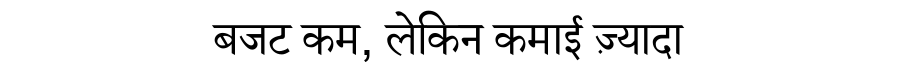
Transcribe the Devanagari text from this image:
बजट कम, लेकिन कमाई ज़्यादा